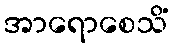
အာရောစေသိံ